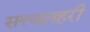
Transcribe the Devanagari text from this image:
सत्त्वलहरी